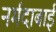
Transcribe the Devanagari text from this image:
नर्मदाबाई